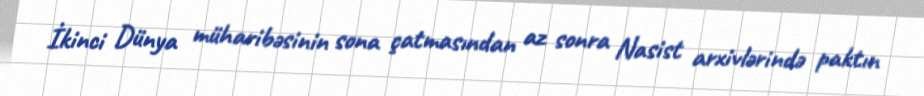
İkinci Dünya müharibəsinin sona çatmasından az sonra Nasist arxivlərində paktın